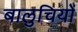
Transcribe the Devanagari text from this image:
बालुचियों